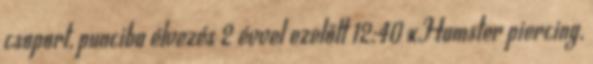
csoport, punciba élvezés 2 évvel ezelőtt 12:40 xHamster piercing,